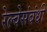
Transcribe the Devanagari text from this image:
रेल्वेसंबंधी